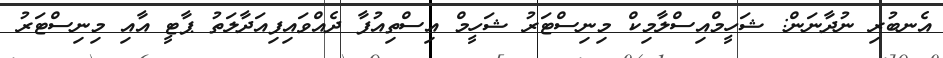
އެނބުރި ނުދާނަން: ޝަހީމްއިސްލާމިކް މިނިސްޓަރު ޝަހީމް އިސްތިއުފާ ދެއްވައިފިއަދާލަތު ޕާޓީ އާއި މިނިސްޓަރު